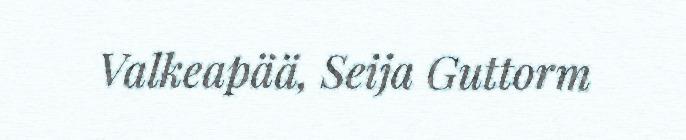
Valkeapää, Seija Guttorm